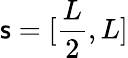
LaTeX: \mathsf{s}=[\frac{{L}}{{2}},L]